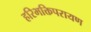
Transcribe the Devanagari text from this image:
हरिभक्तिपरायण